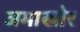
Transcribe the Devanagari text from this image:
जमाखोर